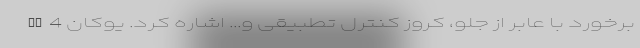
برخورد با عابر از جلو، کروز کنترل تطبیقی و... اشاره کرد. یوکان AT4